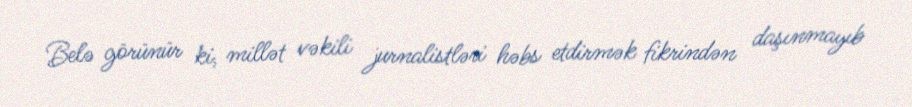
Belə görünür ki, millət vəkili jurnalistləri həbs etdirmək fikrindən daşınmayıb